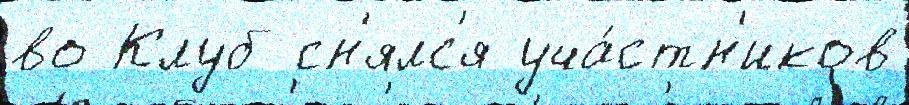
во Клуб сн'ялс'я уча́стн'иков